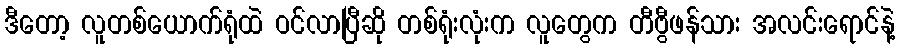
ဒီတော့ လူတစ်ယောက်ရုံထဲ ဝင်လာပြီဆို တစ်ရုံးလုံးက လူတွေက တီဗွီဖန်သား အလင်းရောင်နဲ့